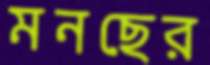
মনছের